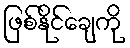
ဖြစ်နိုင်ချေကို